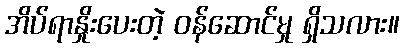
အိပ်ရာနှိုးပေးတဲ့ ဝန်ဆောင်မှု ရှိသလား။